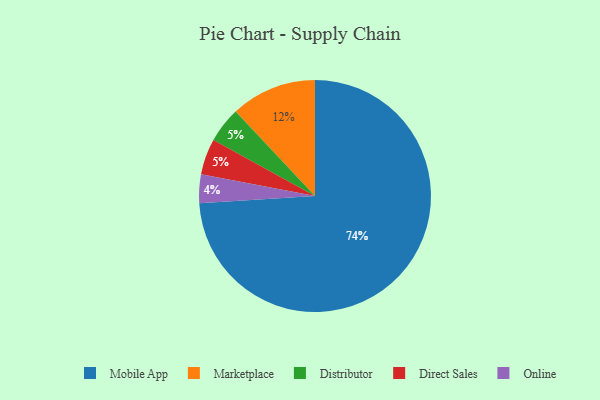
{"axis": {"x": "Category", "y": "Percentage"}, "legend": ["Direct Sales", "Distributor", "Marketplace", "Mobile App", "Online"], "data": [{"x": "Online", "y": 4, "type": "Online"}, {"x": "Distributor", "y": 5, "type": "Distributor"}, {"x": "Direct Sales", "y": 5, "type": "Direct Sales"}, {"x": "Marketplace", "y": 12, "type": "Marketplace"}, {"x": "Mobile App", "y": 74, "type": "Mobile App"}]}